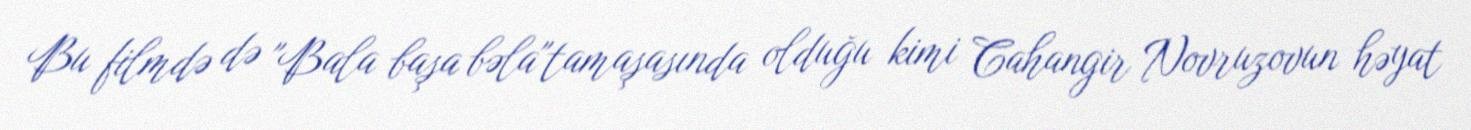
Bu filmdə də "Bala başa bəla"tamaşasında olduğu kimi Cahangir Novruzovun həyat